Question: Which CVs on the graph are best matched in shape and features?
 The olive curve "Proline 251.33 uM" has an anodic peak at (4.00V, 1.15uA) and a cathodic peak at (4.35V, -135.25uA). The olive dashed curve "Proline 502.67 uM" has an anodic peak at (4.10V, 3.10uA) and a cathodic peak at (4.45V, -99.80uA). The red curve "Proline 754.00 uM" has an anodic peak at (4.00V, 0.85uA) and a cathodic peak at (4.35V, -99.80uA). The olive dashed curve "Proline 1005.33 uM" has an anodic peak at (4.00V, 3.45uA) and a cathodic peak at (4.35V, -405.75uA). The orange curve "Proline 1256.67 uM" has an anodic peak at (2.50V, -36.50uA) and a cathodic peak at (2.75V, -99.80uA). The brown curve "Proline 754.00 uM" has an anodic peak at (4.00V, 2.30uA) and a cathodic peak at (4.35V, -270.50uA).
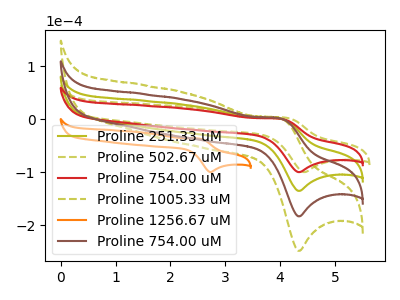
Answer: <think>"Proline 251.33 uM" and "Proline 502.67 uM" have at least one peak that do not match. All the peaks in "Proline 251.33 uM" have a peak in "Proline 754.00 uM" at the same potential. Every peak in "Proline 251.33 uM" is higher than every peak in "Proline 754.00 uM". All the peaks in "Proline 251.33 uM" have a peak in "Proline 1005.33 uM" at the same potential. Every peak in "Proline 251.33 uM" is lower than every peak in "Proline 1005.33 uM". "Proline 251.33 uM" and "Proline 1256.67 uM" have at least one peak that do not match. All the peaks in "Proline 251.33 uM" have a peak in "Proline 754.00 uM" at the same potential. Every peak in "Proline 251.33 uM" is lower than every peak in "Proline 754.00 uM". "Proline 502.67 uM" and "Proline 754.00 uM" have at least one peak that do not match. "Proline 502.67 uM" and "Proline 1005.33 uM" have at least one peak that do not match. "Proline 502.67 uM" and "Proline 1256.67 uM" have at least one peak that do not match. "Proline 502.67 uM" and "Proline 754.00 uM" have at least one peak that do not match. All the peaks in "Proline 754.00 uM" have a peak in "Proline 1005.33 uM" at the same potential. Every peak in "Proline 754.00 uM" is lower than every peak in "Proline 1005.33 uM". "Proline 754.00 uM" and "Proline 1256.67 uM" have at least one peak that do not match. All the peaks in "Proline 754.00 uM" have a peak in "Proline 754.00 uM" at the same potential. Every peak in "Proline 754.00 uM" is lower than every peak in "Proline 754.00 uM". "Proline 1005.33 uM" and "Proline 1256.67 uM" have at least one peak that do not match. All the peaks in "Proline 1005.33 uM" have a peak in "Proline 754.00 uM" at the same potential. Every peak in "Proline 1005.33 uM" is higher than every peak in "Proline 754.00 uM". "Proline 1256.67 uM" and "Proline 754.00 uM" have at least one peak that do not match.
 </think>
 <answer>"Proline 754.00 uM", "Proline 251.33 uM", "Proline 1005.33 uM" and "Proline 754.00 uM" have the same shape and are likely CV's of the same chemical.</answer>
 <eval>"Proline 754.00 uM" "Proline 251.33 uM" "Proline 1005.33 uM" "Proline 754.00 uM"</eval>